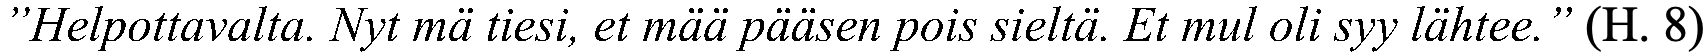
”Helpottavalta. Nyt mä tiesi, et mää pääsen pois sieltä. Et mul oli syy lähtee.” (H. 8)